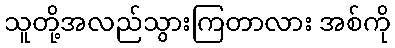
သူတို့အလည်သွားကြတာလား အစ်ကို